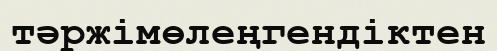
тәржімөлеңгендіктен